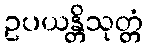
ဥပယန္တိသုတ္တံ